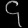
Digit: ၄